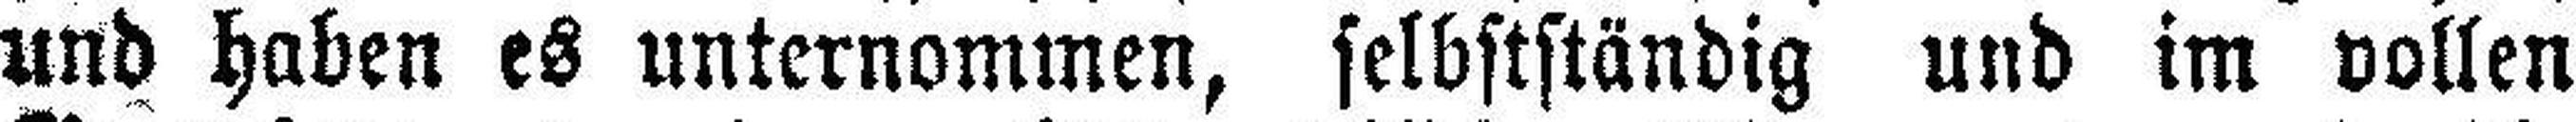
und haben es unternommen, selbstständig und im vollen